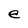
Character: e